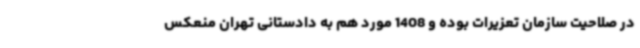
در صلاحیت سازمان تعزیرات بوده و 1408 مورد هم به دادستانی تهران منعکس